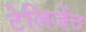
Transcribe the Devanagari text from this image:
टेलिजेंट